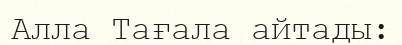
Алла Тағала айтады: